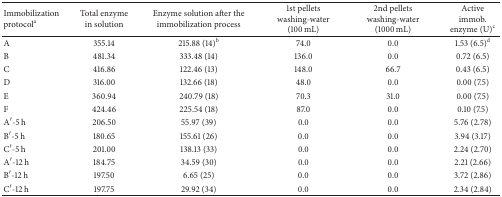
| Immobilization protocola | Total enzyme in solution | Enzyme solution after the immobilization process | 1st pellets washing-water (100 mL) | 2nd pellets washing-water (1000 mL) | Active immob. enzyme (U)c |
 | --- | --- | --- | --- | --- | --- |
 | A | 355.14 | 215.88 (14)b | 74.0 | 0.0 | 1.53 (6.5)d |
 | B | 481.34 | 333.48 (14) | 136.0 | 0.0 | 0.72 (6.5) |
 | C | 416.86 | 122.46 (13) | 148.0 | 66.7 | 0.43 (6.5) |
 | D | 316.00 | 132.66 (18) | 48.0 | 0.0 | 0.00 (7.5) |
 | E | 360.94 | 240.79 (18) | 70.3 | 31.0 | 0.00 (7.5) |
 | F | 424.46 | 225.54 (18) | 87.0 | 0.0 | 0.10 (7.5) |
 | A′-5 h | 206.50 | 55.97 (39) | 0.0 | 0.0 | 5.76 (2.78) |
 | B′-5 h | 180.65 | 155.61 (26) | 0.0 | 0.0 | 3.94 (3.17) |
 | C′-5 h | 201.00 | 138.13 (33) | 0.0 | 0.0 | 2.24 (2.70) |
 | A′-12 h | 184.75 | 34.59 (30) | 0.0 | 0.0 | 2.21 (2.66) |
 | B′-12 h | 197.50 | 6.65 (25) | 0.0 | 0.0 | 3.72 (2.86) |
 | C′-12 h | 197.75 | 29.92 (34) | 0.0 | 0.0 | 2.34 (2.84) |